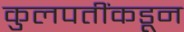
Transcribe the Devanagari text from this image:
कुलपतींकडून